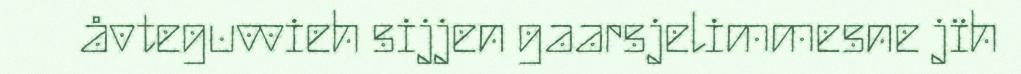
åvteguvvieh sijjen gaarsjelimmesne jïh